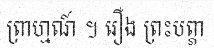
ព្រាហ្មណ៍ ។ រឿង ព្រះបព្ភា